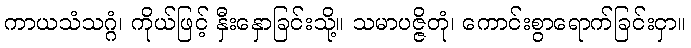
ကာယသံသဂ္ဂံ၊ ကိုယ်ဖြင့် နှီးနှောခြင်းသို့။ သမာပဇ္ဇိတုံ၊ ကောင်းစွာရောက်ခြင်းငှာ။